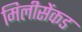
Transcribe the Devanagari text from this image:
मिलीसेंकड